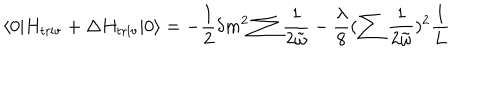
LaTeX: \langle 0 | H _ { \mathrm { t r i v } } + \Delta H _ { \mathrm { t r i v } } | 0 \rangle = - \frac { 1 } { 2 } \delta m ^ { 2 } \sum \frac { 1 } { 2 \tilde { \omega } } - \frac { \lambda } { 8 } ( \sum \frac { 1 } { 2 \tilde { \omega } } ) ^ { 2 } \frac { 1 } { L }